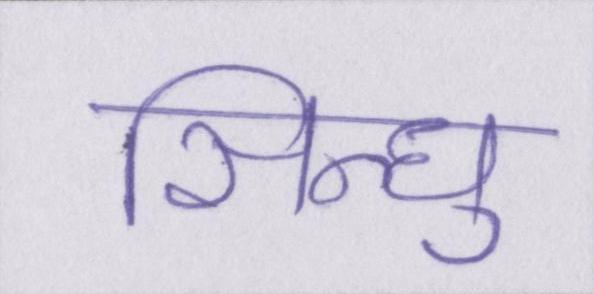
सिन्धु